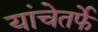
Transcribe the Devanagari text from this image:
यांचेतर्फे